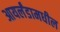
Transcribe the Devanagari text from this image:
आयर्लंडामधील